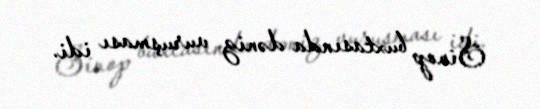
Sinop buxtasında dəniz vuruşması idi.